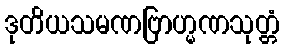
ဒုတိယသမဏဗြာဟ္မဏသုတ္တံ